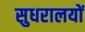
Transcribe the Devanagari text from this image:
सुधरालयों